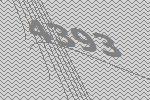
4393